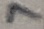
Text: 7